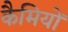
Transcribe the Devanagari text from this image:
कैमियों